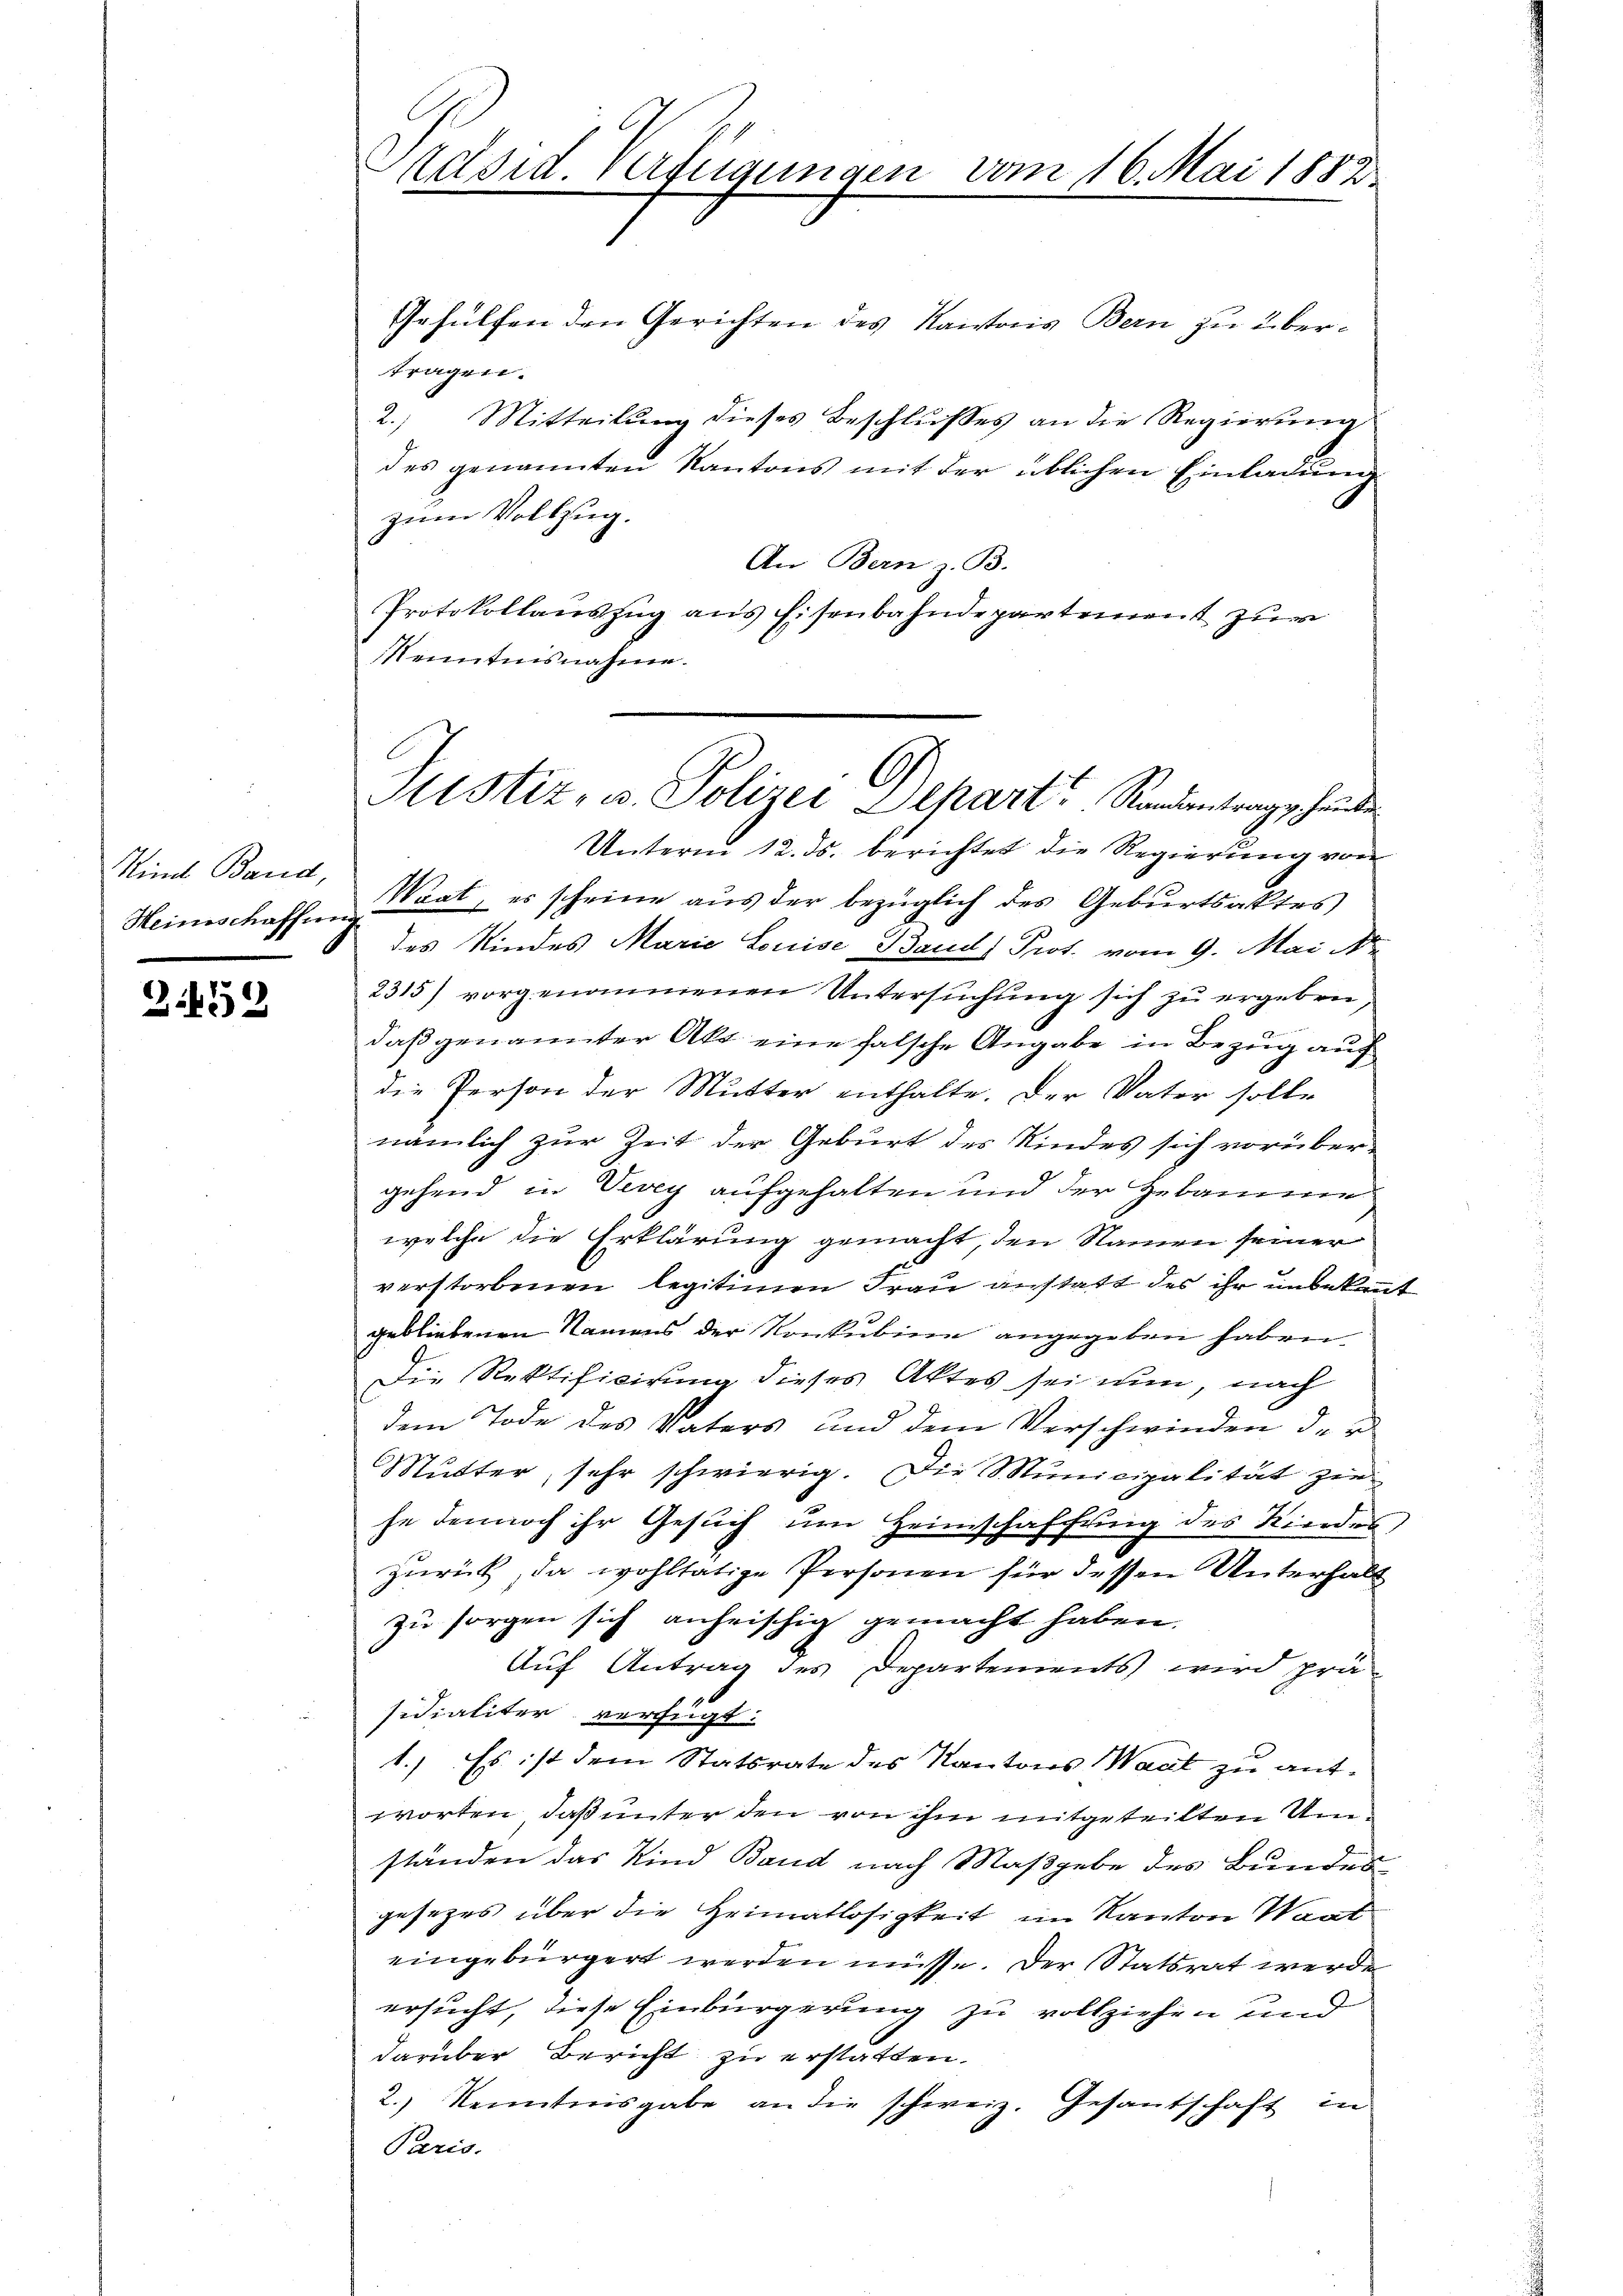
Kind Band,
Heinischaffung

3459

revid. Verfügungen vom 16. Mai 1882

Gehülfen den Gerichten des Kantons Bern zu übertragen.
2. Mitteilŭng dieses Beschlŭsses an die Regierŭng
des genannten Kantons mit der üblichen Einladung
zum Vollzug.
An Bern z. B.
Protokollauszug aus Eisenbahndepartement zur
Kenntnisnahme.

Istiz- u. Polizei Depart Randantrags heute
Unterm 12. ds. berichtet die Regierung von

Wrat, es scheine aus der bezüglich des Geburtsaktes
des Kindes Marie Louise Band Prot. vom 9. Mai
2315) vorgenommenen Untersŭchŭng sich zu ergeben,
daß genannter Akt eine falsche Angabe in Bezug auch
die Person der Mutter enthalte. Der Vater solle
nämlich zur Zeit der Geburt des Kindes sich vorübergehend in Vevey aufgehalten und der Hebamme
welche die Erklärung gemacht, den Namen seiner
verstorbenen legitimen Frau anstatt des ihr unbekannt
gebliebenen Namens der Konkubine angegeben haben.
Die Rektificirung dieses Aktes sei nun, nach
dem Tode des Vaters und dem Verschwinden der
Mutter, sehr schwierig. Die Municipalität zie
he dennoch ihr Gesuch um Heimschaffung des Kindes,
zurück, da wohltätige Personen für dessen Unterhalt
zu sorgen sich anheischig gemacht haben.
Auf Antrag des Departements wird prä
sidialiter verfügt:
1.) Es ist dem Statsrate des Kantons Saal zu antworten, daß unter den von ihm mitgeteilten Umständen das Kind Band nach Maßgabe des Bundes
gesezes über die Heimatlosigkeit im Kanton Waat
eingebürgert werden müsse. Der Statsrat werde
ersucht, diese Einbürgerung zu vollziehen und
darüber Bericht zu erstatten.
2.) Kenntnisgabe an die schweiz. Gesantschaft in
Paris.